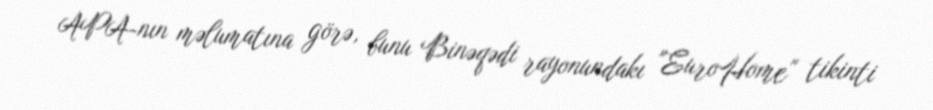
APA-nın məlumatına görə, bunu Binəqədi rayonundakı "EuroHome" tikinti